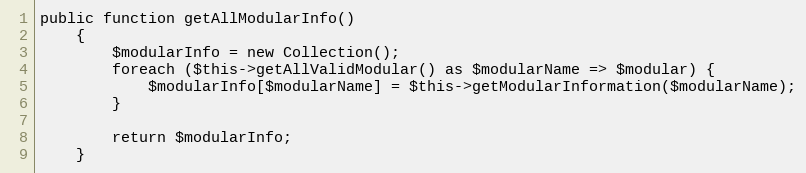
Language: PHP
public function getAllModularInfo()
    {
        $modularInfo = new Collection();
        foreach ($this->getAllValidModular() as $modularName => $modular) {
            $modularInfo[$modularName] = $this->getModularInformation($modularName);
        }

        return $modularInfo;
    }